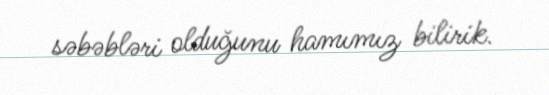
səbəbləri olduğunu hamımız bilirik.